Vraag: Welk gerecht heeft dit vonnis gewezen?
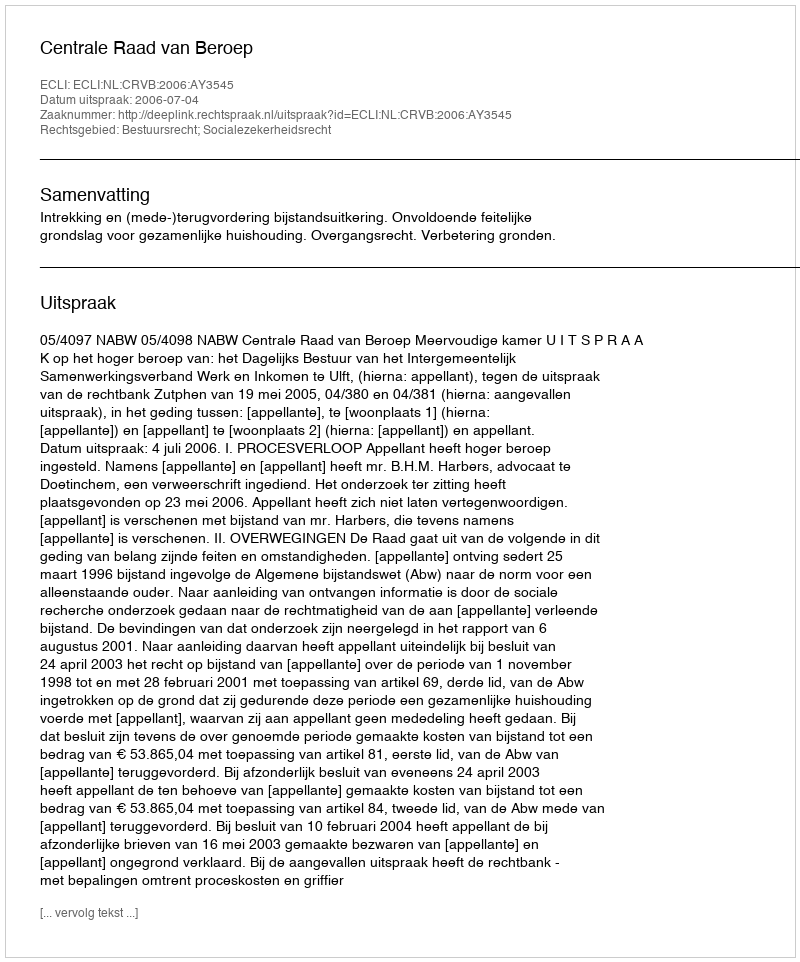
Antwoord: Centrale Raad van Beroep